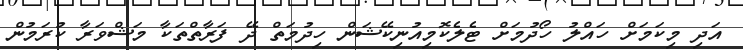
އަދި މިކަމަށް ހައްލު ހޯދުމަށް ޓެލެކޮމިއުނިކޭޝަން ހިދުމަތް ދޭ ފަރާތްތަކާ މަޝްވަރާ ކުރަމުން